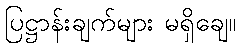
ပြဋ္ဌာန်းချက်များ မရှိချေ။